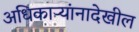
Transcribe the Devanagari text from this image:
अधिकाऱ्यांनादेखील